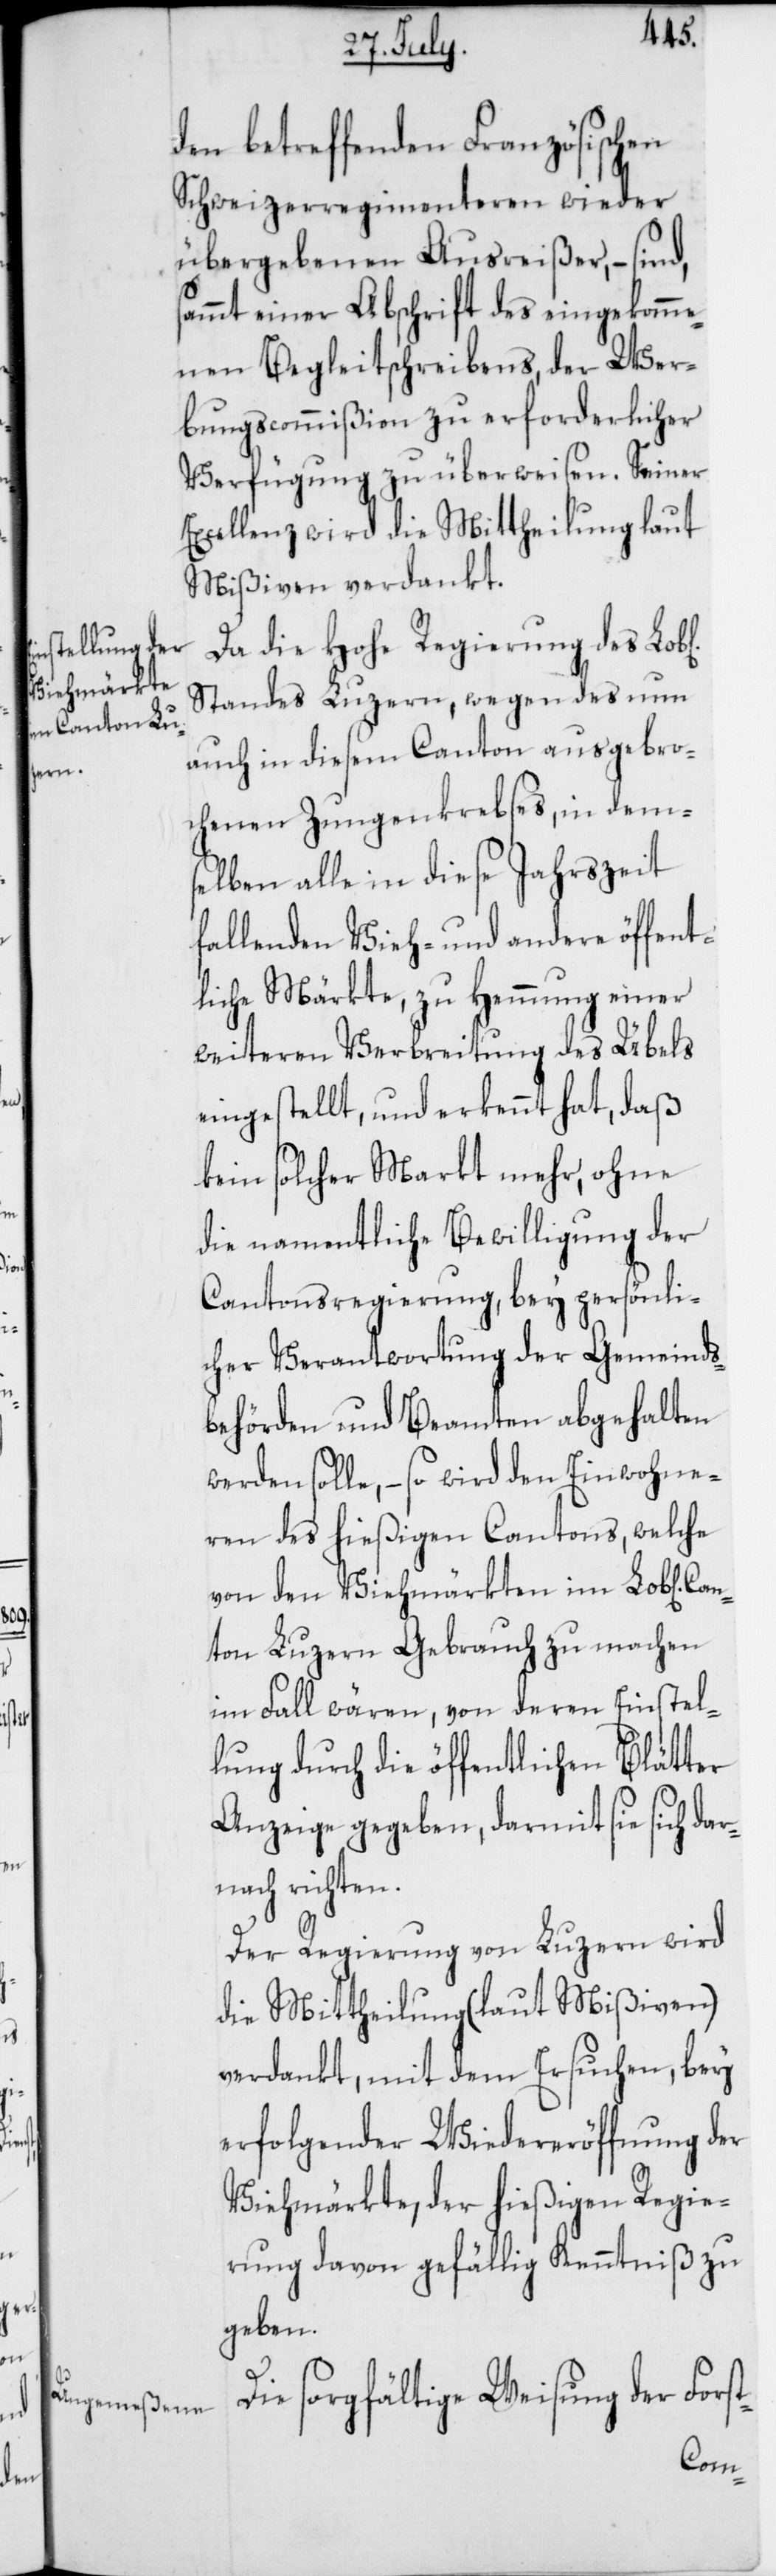
b[lich¬

en]

den betreffenden Französischen
Schweizerregimenteren wieder
übergebenen Ausreißer, – sind,
sammt einer Abschrift des eingekomme¬
nen Begleitschreibens, der Wer¬
bungscommißion zu erforderlicher
Verfügung zu überweisen. Sr.
Excellenz wird die Mittheilung laut
Mißiven verdankt.
Da die Hohe Regierung des Lo¬
Standes Luzern, wegen des nun
auch in diesem Canton ausgebro¬
chenen Zungenkrebses, in dem¬
selben alle in diese Jahrszeit
fallenden Vieh- und andere öffent¬
liche Märkte, zu Hemmung einer
weiteren Verbreitung des Übels
eingestellt, und erkennt hat, daß
kein solcher Markt mehr, ohne
die namentliche Bewilligung der
Cantonsregierung, bey persönli¬
cher Verantwortung der Gemeinds¬
behörden und Beamten abgehalten
werden solle, – so wird den Einwohne¬
ren des hießigen Cantons, welche
von den Viehmärkten im Lob[lich¬
ton Luzern Gebrauch zu machen
im Fall wären, von deren Einstel¬
lung durch die öffentlichen Blätter
Anzeige gegeben, darmit sie sich da¬
rnach richten.
Der Regierung von Luzern wird
die Mittheilung (laut Mißiven)
verdankt, mit dem Ersuchen, bey
erfolgender Wiedereröffnung der
Viehmärkte, der hießigen Regie¬
rung davon gefällig Kenntniß zu
geben.
Die sorgfältige Weisung der Forst-
Can¬